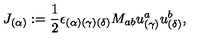
J _ { ( \alpha ) } : = { \frac { 1 } { 2 } } \epsilon _ { ( \alpha ) ( \gamma ) ( \delta ) } { M } _ { a b } u _ { ( \gamma ) } ^ { a } u _ { ( \delta ) } ^ { b } ,